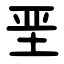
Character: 垩